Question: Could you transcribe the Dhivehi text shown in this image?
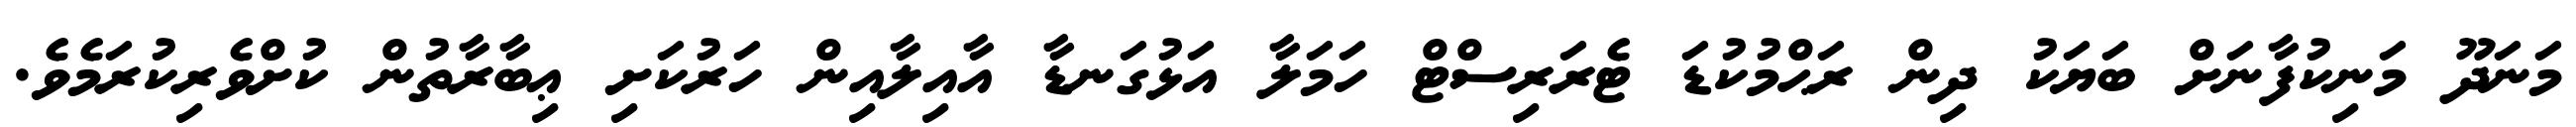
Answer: މަނަދޫ މަނިކުފާނަށް ބަޔަކު ދިން ރަޙްމުކުޑަ ޓެރަރިސްޓް ހަމަލާ އަޅުގަނޑާ އާއިލާއިން ހަރުކަށި ޢިބާރާތުން ކުށްވެރިކުރަމެވެ.